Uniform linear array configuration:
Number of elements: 32
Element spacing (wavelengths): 1
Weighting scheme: binomial
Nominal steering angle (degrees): -45
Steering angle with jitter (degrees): -44.497
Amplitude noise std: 0.05
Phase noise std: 0.05

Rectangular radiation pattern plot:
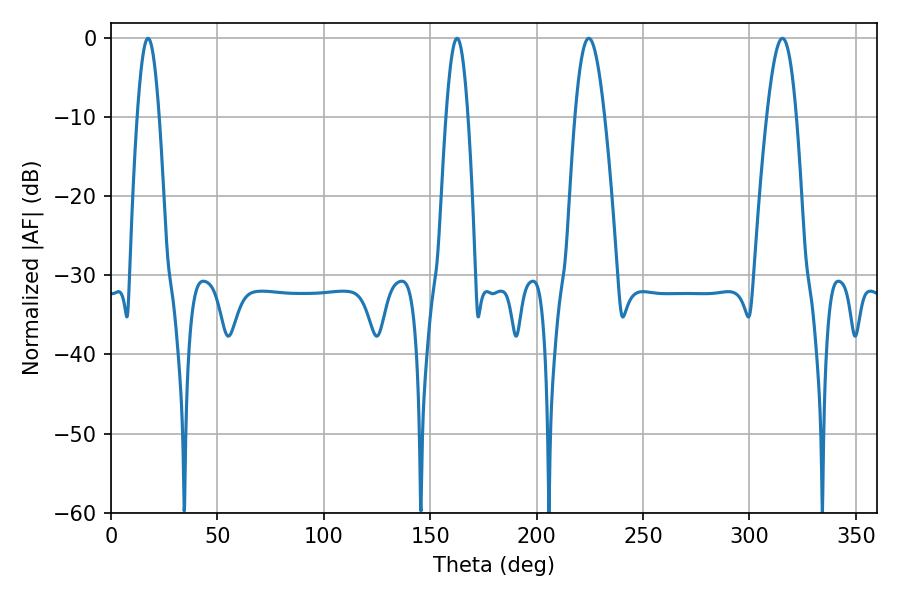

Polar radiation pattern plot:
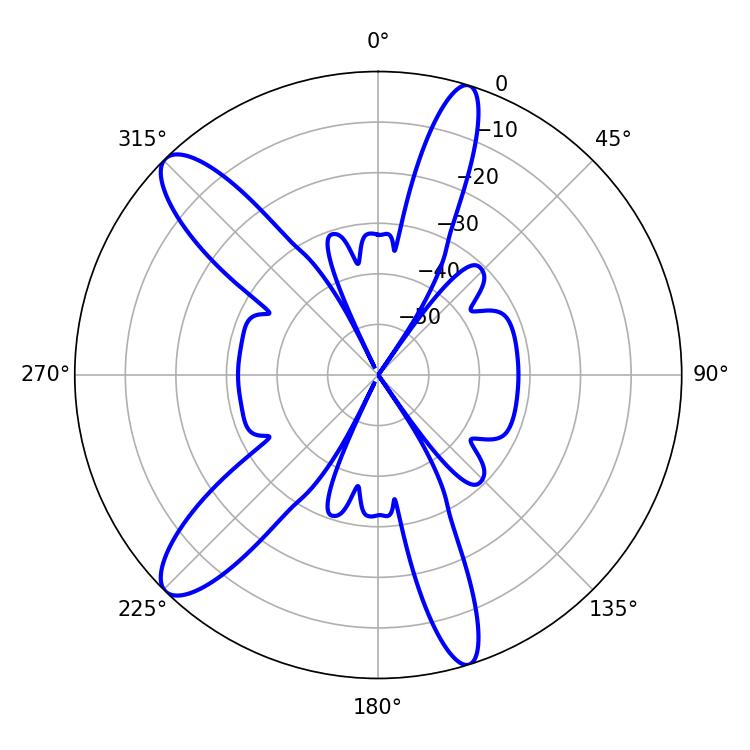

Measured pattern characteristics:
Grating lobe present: TRUE
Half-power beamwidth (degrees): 7.56
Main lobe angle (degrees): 224.46